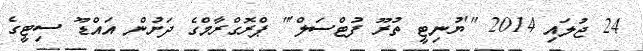
24 ޖުލައި 2014 "'ޔުނިޓީ ތުރޫ ފުޓްސަލް'" ޕްރޮގްރާމްގެ ދަށުން އައްޑޫ ސިޓީގެ